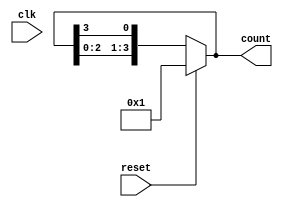
module async_ring_counter (
    input wire clk,       // Clock input (though it's asynchronous, used for simulation purposes)
    input wire reset,     // Asynchronous reset
    output reg [N-1:0] count // Output state of the ring counter
);
    parameter N = 4; // Number of flip-flops (states)

    // Asynchronous reset logic
    always @(*) begin
        if (reset) begin
            count <= 1 << 0; // Set the first flip-flop high (000...001)
        end else begin
            count <= {count[N-2:0], count[N-1]}; // Shift left, with feedback from the last flip-flop
        end
    end

endmodule